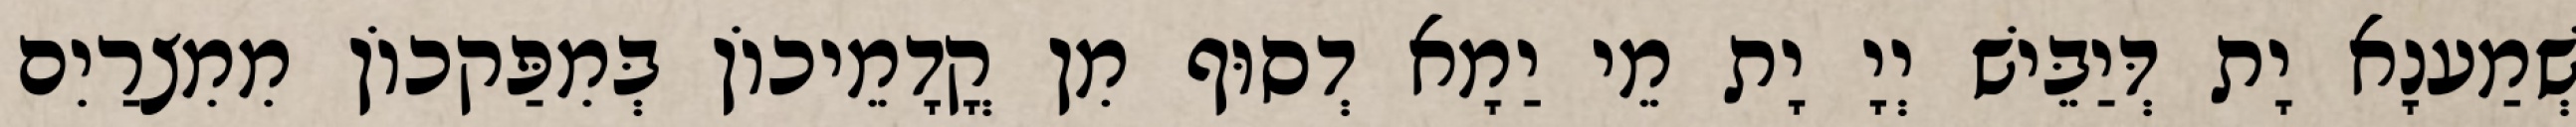
שְׁמַענָא יָת דְּיַבֵּישׁ יְיָ יָת מֵי יַמָא דְסוּף מִן קֳדָמֵיכוֹן בְּמִפַּקכוֹן מִמִצרַיִם